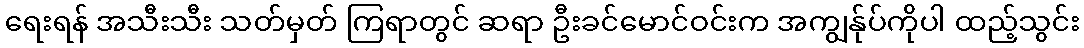
ရေးရန် အသီးသီး သတ်မှတ် ကြရာတွင် ဆရာ ဦးခင်မောင်ဝင်းက အကျွန်ုပ်ကိုပါ ထည့်သွင်း